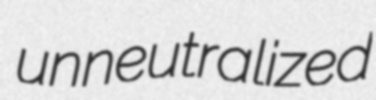
unneutralized